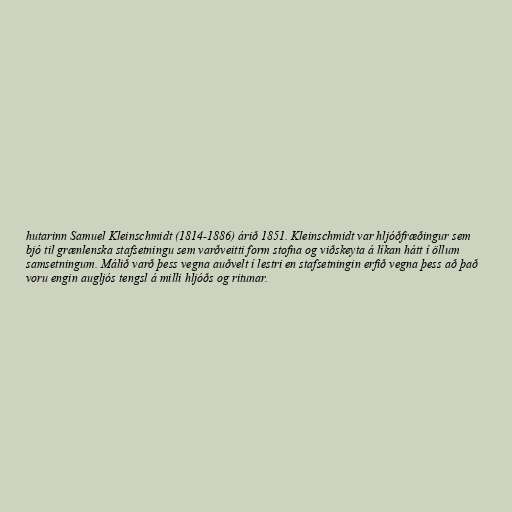
hutarinn Samuel Kleinschmidt (1814-1886) árið 1851. Kleinschmidt var hljóðfræðingur sem
bjó til grænlenska stafsetningu sem varðveitti form stofna og viðskeyta á líkan hátt í öllum
samsetningum. Málið varð þess vegna auðvelt í lestri en stafsetningin erfið vegna þess að það
voru engin augljós tengsl á milli hljóðs og ritunar.